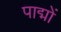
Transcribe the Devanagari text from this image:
पाद्मों